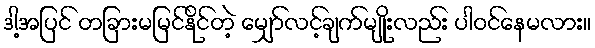
ဒါ့အပြင် တခြားမမြင်နိုင်တဲ့ မျှော်လင့်ချက်မျိုးလည်း ပါဝင်နေမလား။